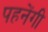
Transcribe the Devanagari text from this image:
पहनेंगी